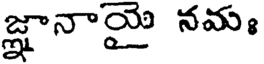
జ్ఞానాయై నమః